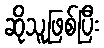
ဆိုသူဖြစ်ပြီး